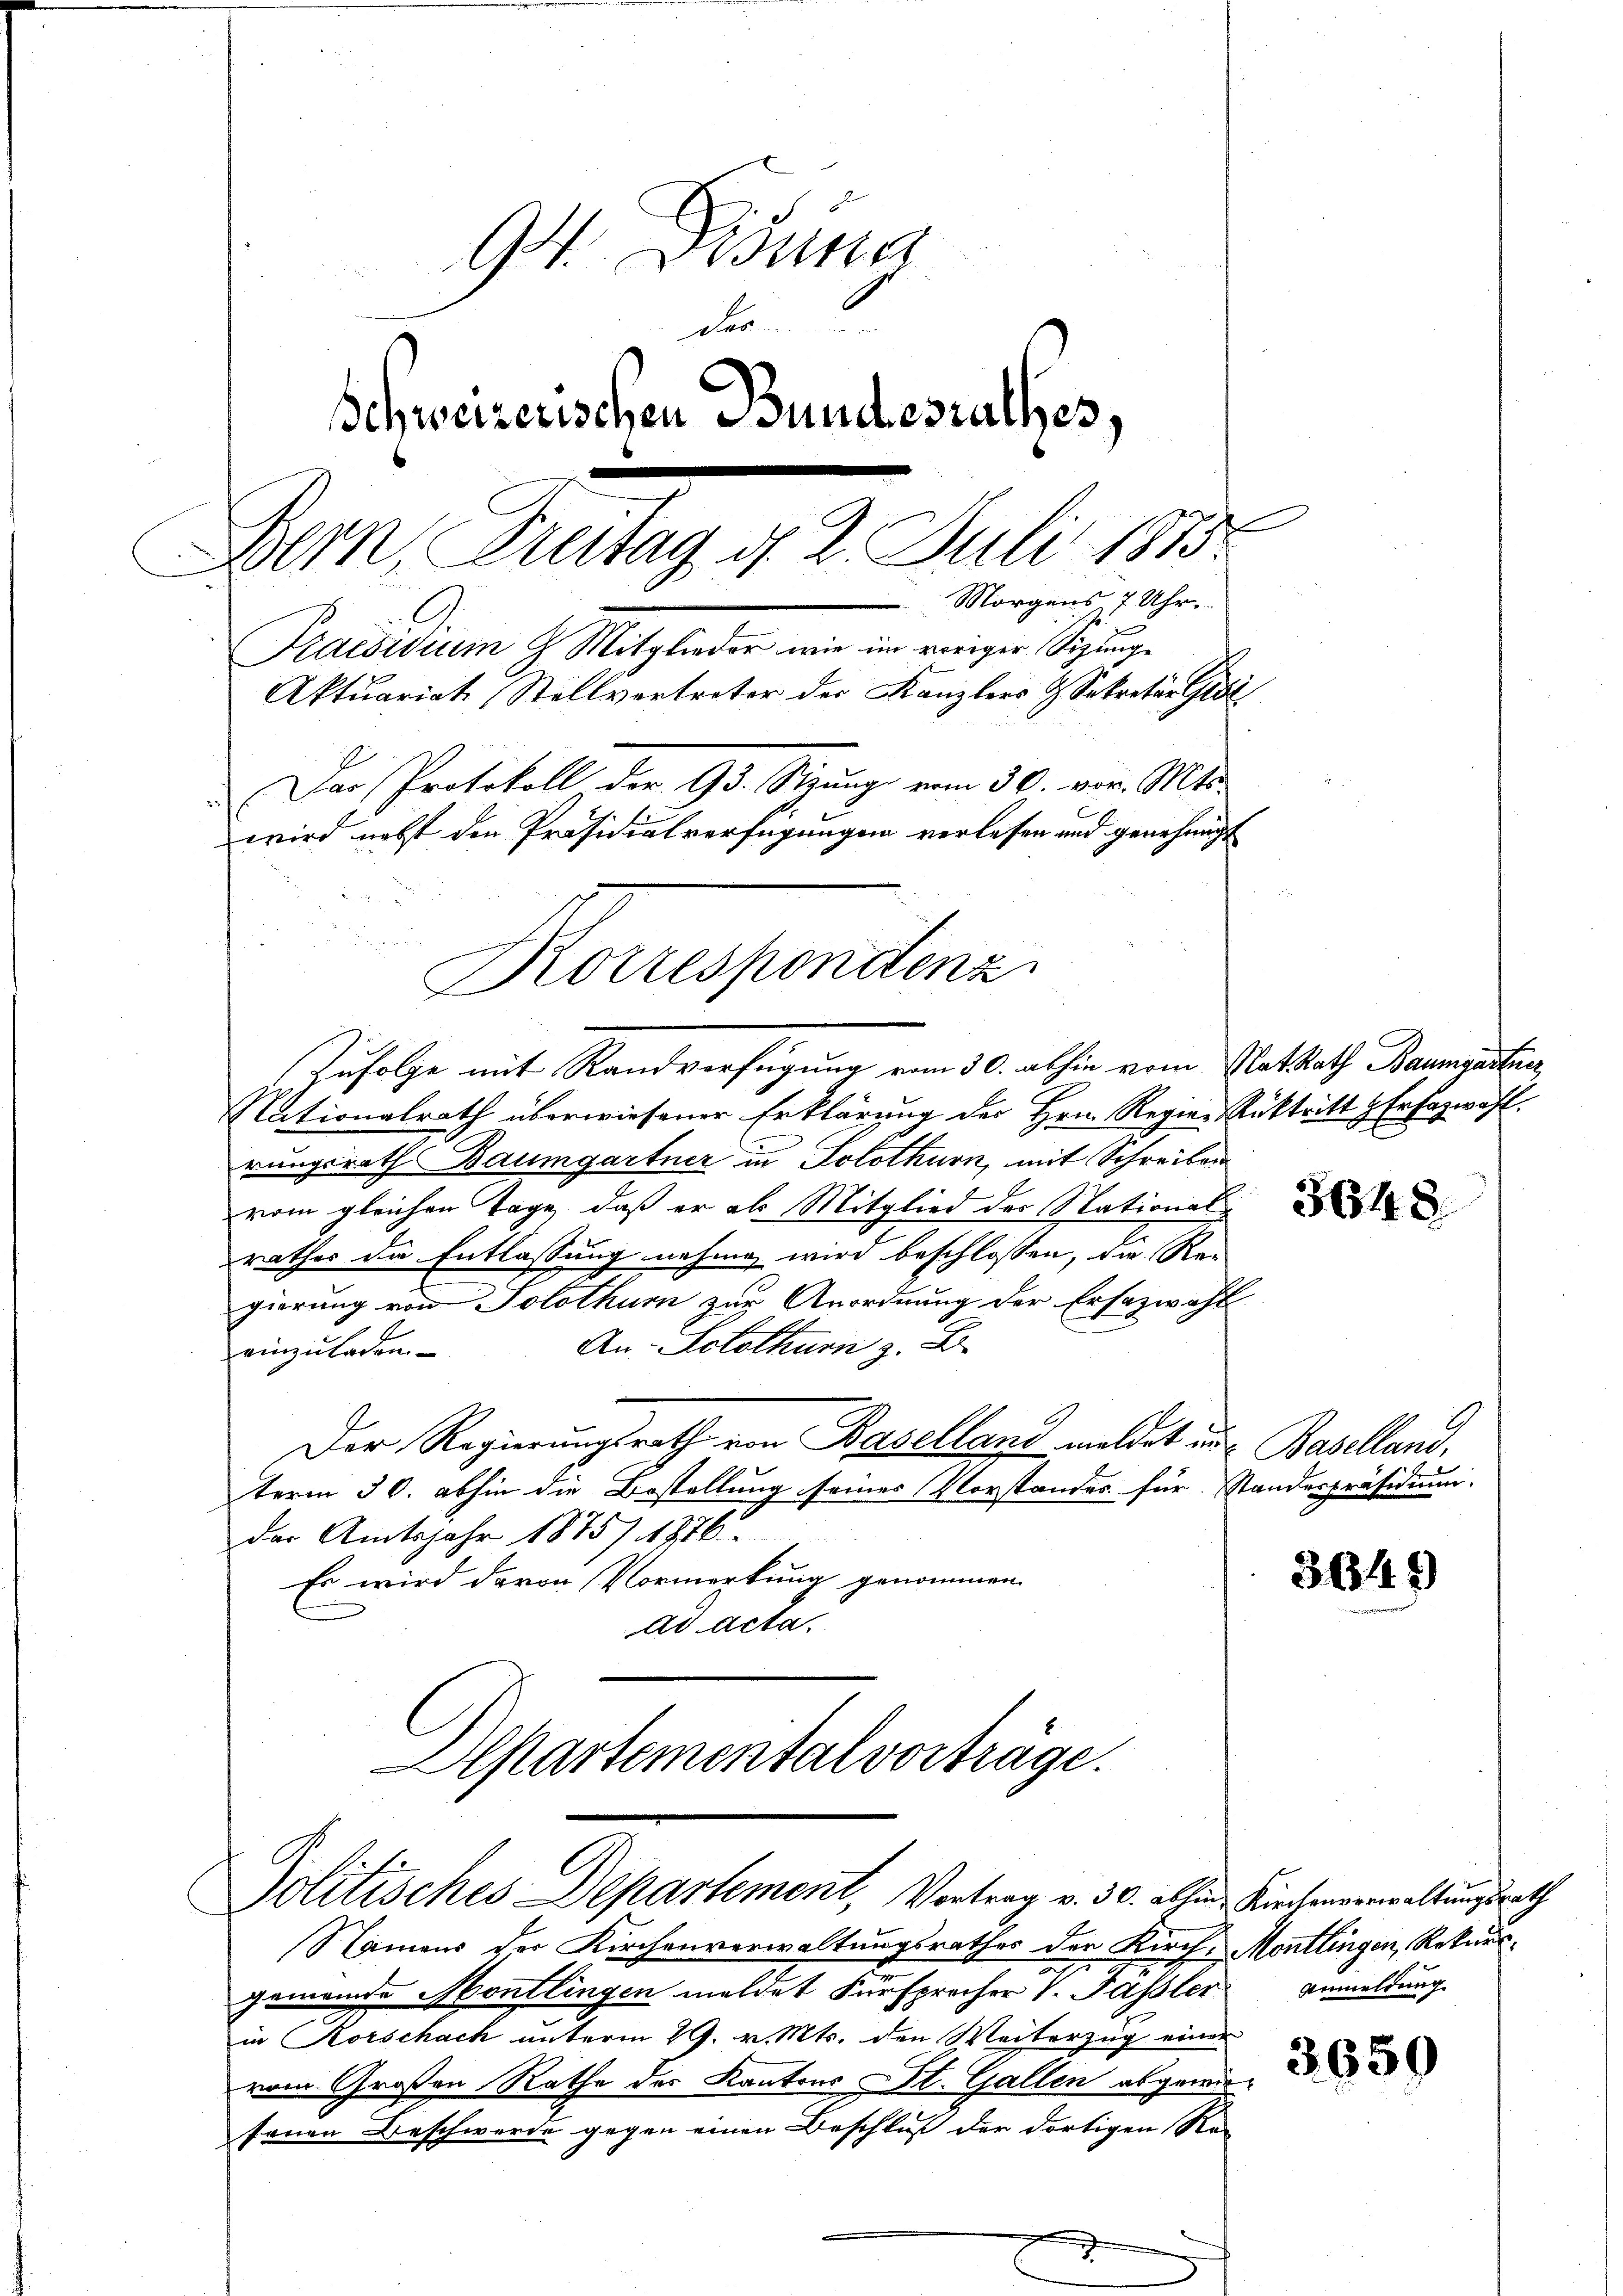
4
der
Schweizerischen Bundesrathes,
Si. Gantag. 18. Juli 18
Morgens 7 Uhr.
2
Praesiduum & Mitglieder wie im voriger Sizunge
Aktuariat Stellvertreter der Kanzlers & Sekretär Gedi
Der Protokoll der 93. Sizung vom 30. vor. Mts.
wird nebst den Präsidialverfügungen verlesen und genehmigt

Korrespondenz

Zufolge mit Randverfügung vom 30. abhin vom PlatRath Baumgarten,
Nationalrath überwiesener Erklärung des Hrn. Regier Rücktritt Erfazwahl.
rungsrath Baumgartner in Solothurn, mit Schreiben
vom gleichen Tage, daß er als Mitglied der Nationalrathes die Entlassung nehmen wird beschlossen, die Regierung von Solothur zur Anordnung der Ersezwahl
An Solothurn z. B.
einzuladen.
Der Regierungsrath von Baselland meldet in Baselland,
term 30. abhin die Bestellung seines Vorstandes für Standespräsidium.
der Amtsjahr 1875. 1876
Es wird davon Vormerkung genommen
ad acta.
Departemental vorträge.
Jolitisches Departement, Vortrag v. 30. abhin Kirchenverwaltungsrath
Namens der Kirchenverwaltungsrathes der Kirch-Montlingen, Rekursgemeinde Montlingen meldet Fürsprecher V. Fassler Anmeldung
in Korschach unterm 29. v. Mts. den Weiterzug einer
vom Großen Rathe der Kantons St. Gallen abgewiesonen Beschwerde gegen einen Beschluß der dortigen Ra

3648

3649

3659